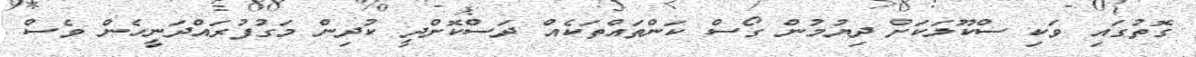
ގޮތުގައި ވަކި ސްކޫލަކަށް ދިޔުމުން ގޯސް ކަންތައްތަކެއް ދަސްކޮށްދީ ކުދިން މަގުފުރައްދަނީހެން ވެސް